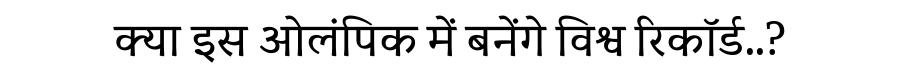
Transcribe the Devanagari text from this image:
क्या इस ओलंपिक में बनेंगे विश्व रिकॉर्ड..?